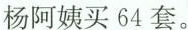
杨阿姨买64套。